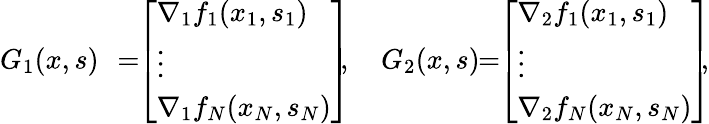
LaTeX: \begin{array}{rl}{G_{1}(x,s)}&{\! \! =\! \! \left[\begin{array}{l}{\nabla_{1}f_{1}(x_{1},s_{1})}\\ {\vdots}\\ {\nabla_{1}f_{N}(x_{N},s_{N})}\end{array}\right]\! \! ,\quad G_{2}(x,s)\! \! =\! \! \left[\begin{array}{l}{\nabla_{2}f_{1}(x_{1},s_{1})}\\ {\vdots}\\ {\nabla_{2}f_{N}(x_{N},s_{N})}\end{array}\right]\! \! ,}\end{array}